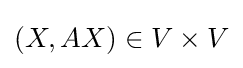
(X,AX)\in V\times V